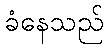
ခံနေသည်